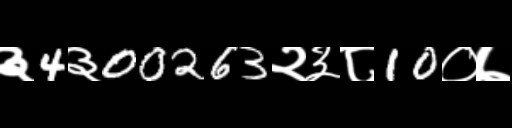
Text: ३4३00263२३८10०७